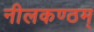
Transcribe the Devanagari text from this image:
नीलकण्ठम्